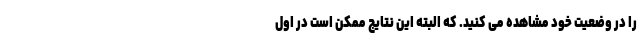
را در وضعیت خود مشاهده می کنید. که البته این نتایج ممکن است در اول